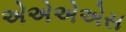
એએએએસ